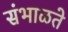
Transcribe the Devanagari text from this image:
संभाळते